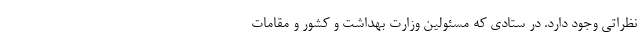
نظراتی وجود دارد. در ستادی که مسئولین وزارت بهداشت و کشور و مقامات